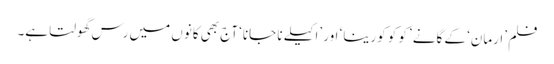
فلم ’ارمان‘ کے گانے ’کو کو کورینا‘ اور ’اکیلے نا جانا‘ آج بھی کانوں میں رس گھولتا ہے۔